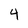
Character: 4